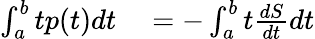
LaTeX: \begin{array}{rl}{\int_{a}^{b}tp(t)dt}&{{}=-\int_{a}^{b}t\frac{dS}{dt}dt}\end{array}